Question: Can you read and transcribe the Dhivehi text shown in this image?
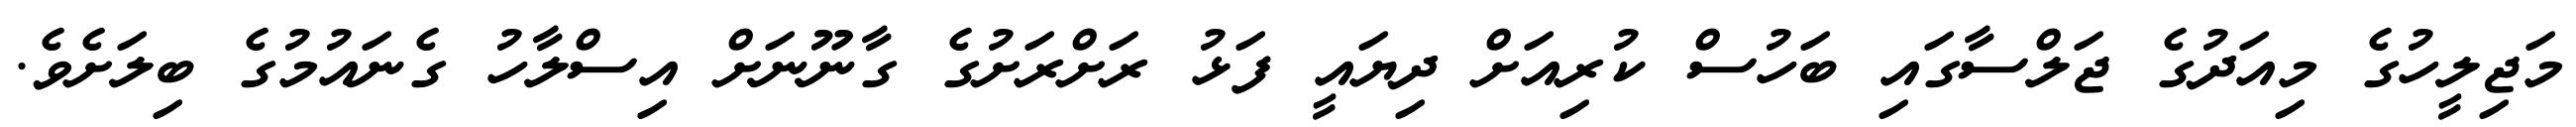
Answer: މަޖިލީހުގެ މިއަދުގެ ޖަލްސާގައި ބަހުސް ކުރިއަށް ދިޔައީ ފަޅު ރަށްރަށުގެ ގާނޫނަށް އިސްލާހު ގެނައުމުގެ ބިލަށެވެ.